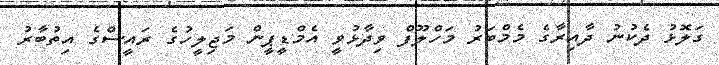
ގަލޮޅު ދެކުނު ދާއިރާގެ މެމްބަރު މަހްލޫފް ވިދާޅުވީ އެމްޑީޕީން މަޖިލީހުގެ ރައީސްގެ އިތުބާރު